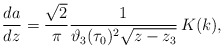
\begin{align*}\frac{da}{ dz}= \frac{\sqrt{2}}{\pi} \frac{1}{\vartheta_{3}(\tau_0)^{2}\sqrt{z-z_{3}}}\,K(k),\end{align*}